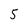
Character: 5